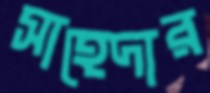
সাহেদার